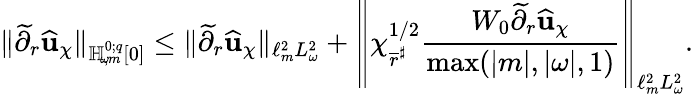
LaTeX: \lVert\widetilde{\partial}_{r}\widehat{\mathbf{u}}_{\chi}\rVert_{{\mathbb{H}_{\! \omega\! ,m}^{0;{q}}}[0]}\leq\lVert\widetilde{\partial}_{r}\widehat{\mathbf{u}}_{\chi}\rVert_{\ell_{m}^{2}L_{\omega}^{2}}+\left\lVert\chi_{\overline{{r}}^{\sharp}}^{1/2}\frac{W_{0}\widetilde{\partial}_{r}\widehat{\mathbf{u}}_{\chi}}{\operatorname*{max}(|m|,|\omega|,1)}\right\rVert_{\ell_{m}^{2}L_{\omega}^{2}}.